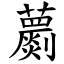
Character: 蘮